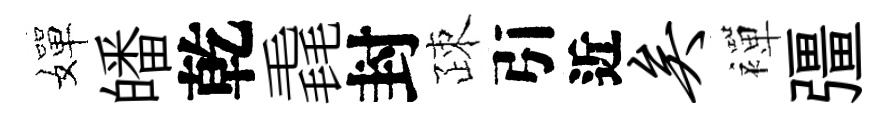
嬋皤乾毳封疎引近矣襌彊